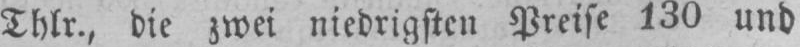
Thlr., die zwei niedrigsten Preise 130 und